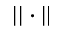
| | \cdot | |